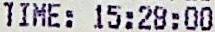
TIME: 15:28:00